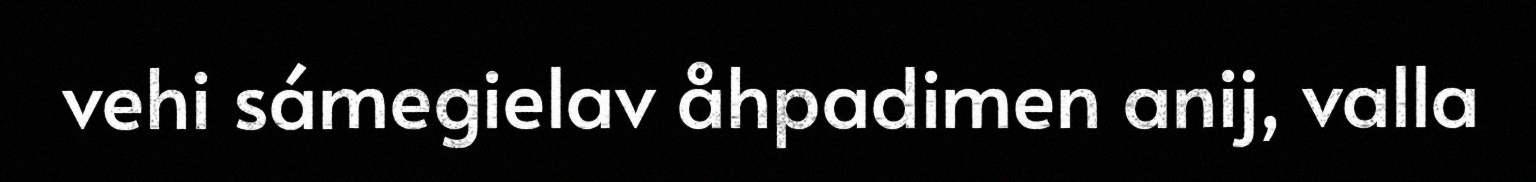
vehi sámegielav åhpadimen anij, valla